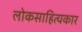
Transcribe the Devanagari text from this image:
लोकसाहित्यकार